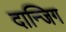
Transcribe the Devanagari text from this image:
दान्जिग